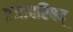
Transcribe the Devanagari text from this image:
प्रजापरिषद्